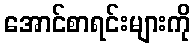
အောင်စာရင်းများကို